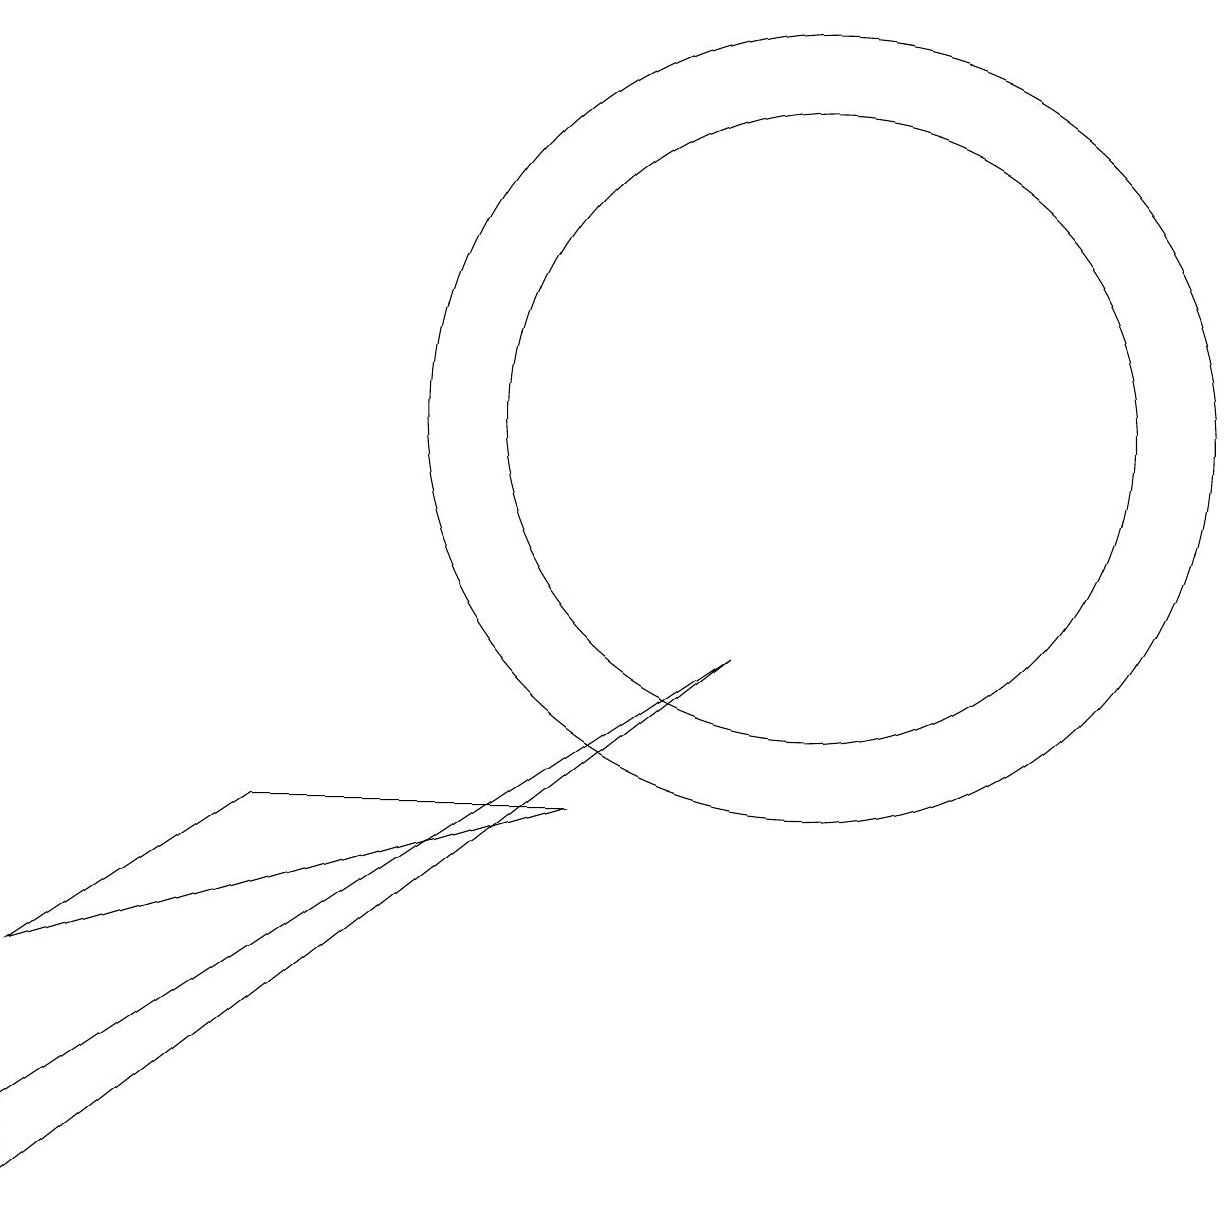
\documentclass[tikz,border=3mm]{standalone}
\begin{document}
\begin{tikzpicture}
\draw (10,10) circle (5);
\draw (9,7) -- (0,0) -- (0,1) -- cycle;
\draw (10,10) circle (4);
\draw (7,5) -- (3,5) -- (0,3) -- cycle;
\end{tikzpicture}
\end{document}